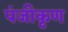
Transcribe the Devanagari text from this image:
पंजीकृण